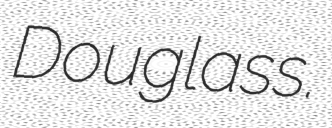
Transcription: Douglass.